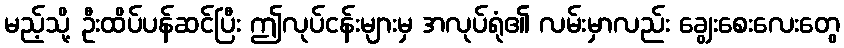
မည့်သို့ ဦးထိပ်ပန်ဆင်ပြီး ဤလုပ်ငန်းများမှ အလုပ်ရုံ၏ လမ်းမှာလည်း ချွေးစေးလေးတွေ